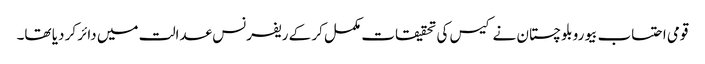
قومی احتساب بیورو بلوچستان نے کیس کی تحقیقات مکمل کر کے ریفرنس عدالت میں دائر کر دیا تھا۔